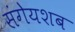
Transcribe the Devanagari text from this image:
संगेयशब